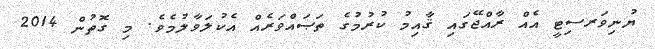
ޔުނިވަރސިޓީ އެއް ރާއްޖޭގައި ޤާއިމު ކުރުމުގެ ތަޞައްވަރެއް އެކުލަވާލުމެވެ. މި ގޮތުން 2014